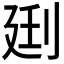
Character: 𰄰